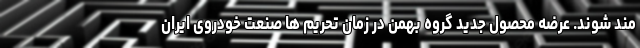
مند شوند. عرضه محصول جدید گروه بهمن در زمان تحریم ها صنعت خودروی ایران